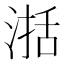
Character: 𣸅